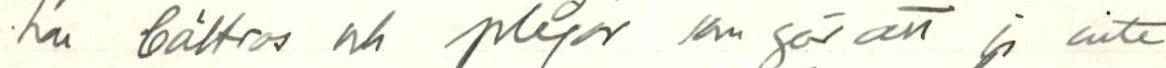
har Bältros och plåga kan gör att jag inte